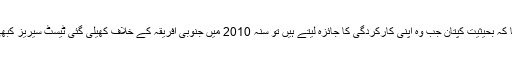
مصباح الحق نے بی بی سی اردو سروس کو دیے گئے انٹرویو میں کہا کہ بحیثیت کپتان جب وہ اپنی کارکردگی کا جائزہ لیتے ہیں تو سنہ 2010 میں جنوبی افریقہ کے خلاف کھیلی گئی ٹیسٹ سیریز کبھی نہیں بھول سکتے جس نے انھیں اور پوری ٹیم کو نیا حوصلہ دیا تھا۔